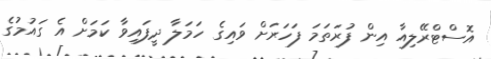
އޮސްޓްރޭލިއާ އިން ފުރަތަމަ ފަހަރަށް ވައިގެ ހަމަލާ ދީފައިވާ ކަމަށް އެ ގައުމުގެ